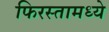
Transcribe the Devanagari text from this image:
फिरस्तामध्ये